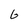
Character: G